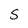
Character: S